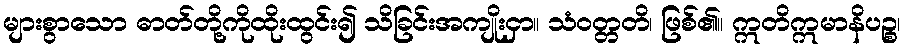
များစွာသော ဓာတ်တို့ကိုထိုးထွင်း၍ သိခြင်းအကျိုးငှာ။ သံဝတ္တတိ၊ ဖြစ်၏။ ဣတိဣမာနိပဉ္စ၊